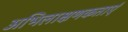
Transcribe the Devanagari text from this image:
अभिलाक्षणकताएं